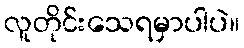
လူတိုင်းသေရမှာပါပဲ။